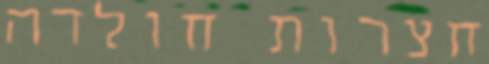
חצרות חולדה